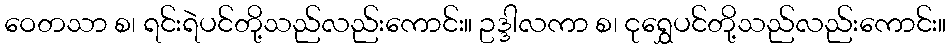
ဝေတသာ စ၊ ရင်းရဲပင်တို့သည်လည်းကောင်း။ ဥဒ္ဒါလကာ စ၊ ငုရွှေပင်တို့သည်လည်းကောင်း။